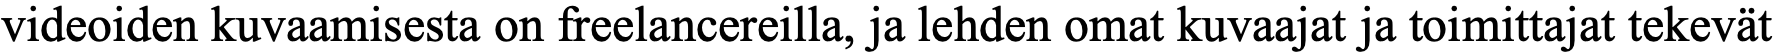
videoiden kuvaamisesta on freelancereilla, ja lehden omat kuvaajat ja toimittajat tekevät